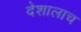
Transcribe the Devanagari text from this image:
देशालाच